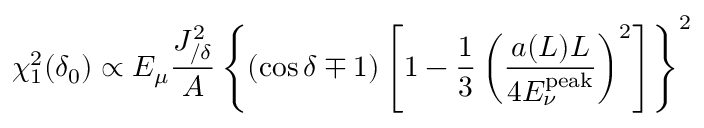
\chi _ { 1 } ^ { 2 } ( \delta _ { 0 } ) \propto E _ { \mu } \frac { J _ { / \delta } ^ { 2 } } { A } \left\{ ( \cos \delta \mp 1 ) \left[ 1 - \frac { 1 } { 3 } \left( \frac { a ( L ) L } { 4 E _ { \nu } ^ { \mathrm { p e a k } } } \right) ^ { 2 } \right] \right\} ^ { 2 }